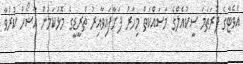
އެވެޓާގެ ފުރަތަމަ ސީކުއެލްގެ މަސައްކަތް މިހާރު ފަށާފައިވާއިރު ތްރީޑީގެ މޮޅުކަމުން އާޝޯހު ކުރުވާ